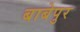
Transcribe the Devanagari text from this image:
बाबेपुर